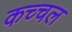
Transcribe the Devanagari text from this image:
कच्चल